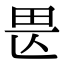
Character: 𤰵